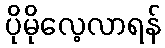
ပိုမိုလေ့လာရန်